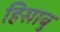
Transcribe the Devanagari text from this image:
हिसाबु